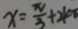
x = \frac { \pi } { 3 } + 2 k \pi